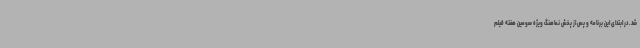
شد. در ابتدای این برنامه و پس از پخش نماهنگ ویژه سومین هفته فیلم